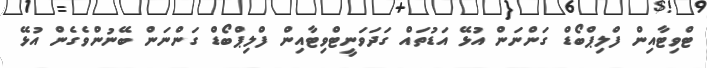
ޓްވިޓާއިން ފްލިޕްބޯޑް ގަންނަން އުޅޭ އަޑުތައް ގަދަވަނީޓްވިޓާއިން ފްލިޕްބޯޑް ގަންނަން ބޭނުންވެގެން އުޅޭ